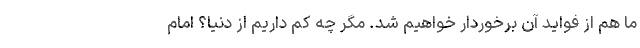
ما هم از فواید آن برخوردار خواهیم شد. مگر چه کم داریم از دنیا؟ امام